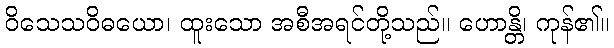
ဝိသေသဝိဓယော၊ ထူးသော အစီအရင်တို့သည်။ ဟောန္တိ၊ ကုန်၏။